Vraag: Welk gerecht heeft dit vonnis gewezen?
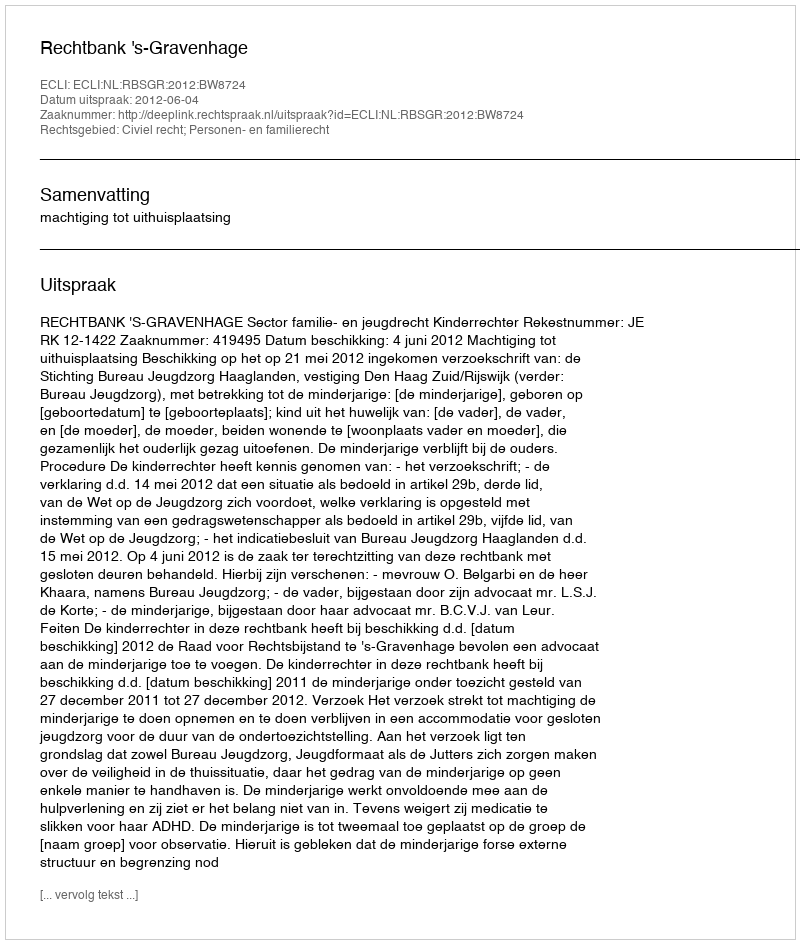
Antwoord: Rechtbank 's-Gravenhage